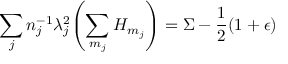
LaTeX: \sum _ { j } n _ { j } ^ { - 1 } \lambda _ { j } ^ { 2 } \Biggl ( \sum _ { m _ { j } } H _ { m _ { j } } \Biggr ) = \Sigma - \frac { 1 } { 2 } ( 1 + \epsilon )